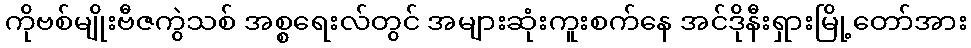
ကိုဗစ်မျိုးဗီဇကွဲသစ် အစ္စရေးလ်တွင် အများဆုံးကူးစက်နေ အင်ဒိုနီးရှားမြို့တော်အား